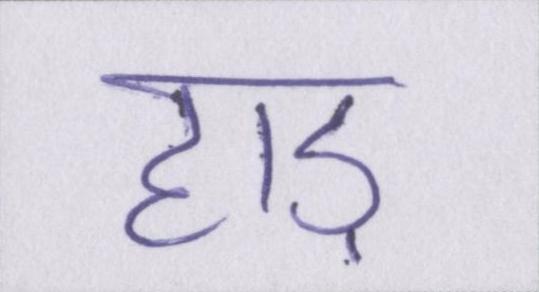
हाड़